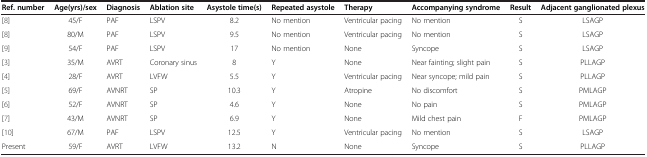
<table><thead><tr><td><b>Ref. number</b></td><td><b>Age(yrs)/sex</b></td><td><b>Diagnosis</b></td><td><b>Ablation site</b></td><td><b>Asystole time(s)</b></td><td><b>Repeated asystole</b></td><td><b>Therapy</b></td><td><b>Accompanying syndrome</b></td><td><b>Result</b></td><td><b>Adjacent ganglionated plexus</b></td></tr></thead><tbody><tr><td>[8]</td><td>45/F</td><td>PAF</td><td>LSPV</td><td>8.2</td><td>No mention</td><td>Ventricular pacing</td><td>No mention</td><td>S</td><td>LSAGP</td></tr><tr><td>[8]</td><td>80/M</td><td>PAF</td><td>LSPV</td><td>9.5</td><td>No mention</td><td>Ventricular pacing</td><td>No mention</td><td>S</td><td>LSAGP</td></tr><tr><td>[9]</td><td>54/F</td><td>PAF</td><td>LSPV</td><td>17</td><td>No mention</td><td>None</td><td>Syncope</td><td>S</td><td>LSAGP</td></tr><tr><td>[3]</td><td>35/M</td><td>AVRT</td><td>Coronary sinus</td><td>8</td><td>Y</td><td>None</td><td>Near fainting; slight pain</td><td>S</td><td>PLLAGP</td></tr><tr><td>[4]</td><td>28/F</td><td>AVRT</td><td>LVFW</td><td>5.5</td><td>Y</td><td>Ventricular pacing</td><td>Near syncope; mild pain</td><td>S</td><td>PLLAGP</td></tr><tr><td>[5]</td><td>69/F</td><td>AVNRT</td><td>SP</td><td>10.3</td><td>Y</td><td>Atropine</td><td>No discomfort</td><td>S</td><td>PMLAGP</td></tr><tr><td>[6]</td><td>52/F</td><td>AVNRT</td><td>SP</td><td>4.6</td><td>Y</td><td>None</td><td>No pain</td><td>S</td><td>PMLAGP</td></tr><tr><td>[7]</td><td>43/M</td><td>AVNRT</td><td>SP</td><td>6.9</td><td>Y</td><td>None</td><td>Mild chest pain</td><td>F</td><td>PMLAGP</td></tr><tr><td>[10]</td><td>67/M</td><td>PAF</td><td>LSPV</td><td>12.5</td><td>Y</td><td>Ventricular pacing</td><td>No mention</td><td>S</td><td>LSAGP</td></tr><tr><td>Present</td><td>59/F</td><td>AVRT</td><td>LVFW</td><td>13.2</td><td>N</td><td>None</td><td>Syncope</td><td>S</td><td>PLLAGP</td></tr></tbody></table>